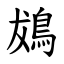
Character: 䳊